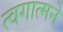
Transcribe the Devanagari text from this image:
त्वगात्मने